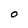
Character: O